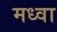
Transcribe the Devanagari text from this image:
मध्वा